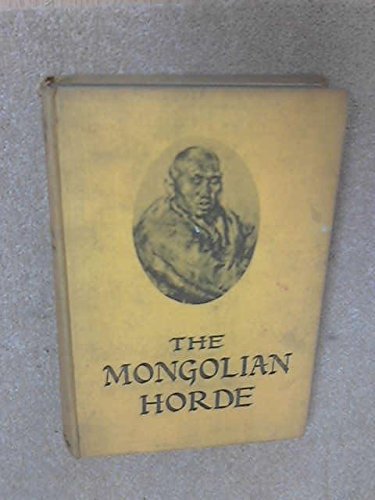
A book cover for The Mongolian horde, (Academy books); Roland Strasser; Travel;